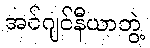
အင်ဂျင်နီယာဘွဲ့